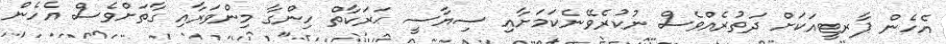
އެހެން ޕާރޓީއަކަށް ދަތުރެއްވެސް ނުކުރެވޭނެކަމަށާއި ސިޔާސީ ޙަރަކާތް ހިންގާ މިންވަރާއި ގާތަށްވެސް އެހެން